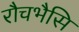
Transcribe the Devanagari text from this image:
रौचभैसि